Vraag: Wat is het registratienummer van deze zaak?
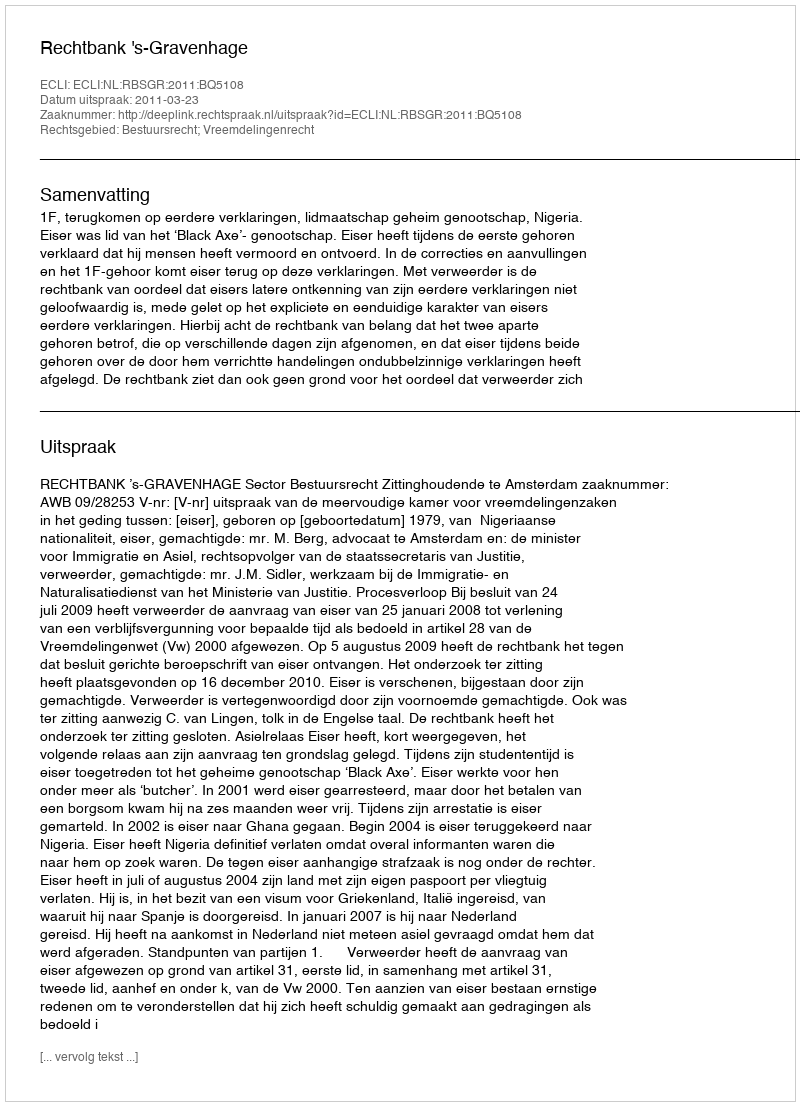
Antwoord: http://deeplink.rechtspraak.nl/uitspraak?id=ECLI:NL:RBSGR:2011:BQ5108